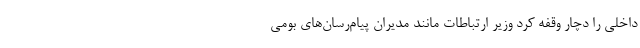
داخلی را دچار وقفه کرد وزیر ارتباطات مانند مدیران پیام‌رسان‌های بومی